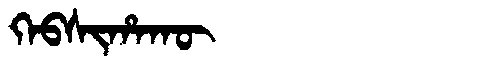
Manchu: ᡴᡝᠪᠰᡳᡥᠠᡴᡡ
Romanization: KEBSIHAKŪ